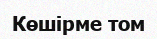
Көшірме том